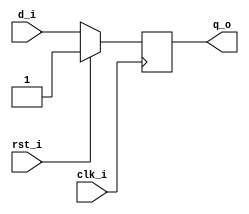
module DFlipFlop (
    input clk_i,
    input rst_i,
    input d_i,
    output reg q_o
);

    always @(posedge clk_i ) begin
        if (rst_i == 1'b1)
            q_o <= 1'b1;
        else
            q_o <= d_i;
    end
endmodule